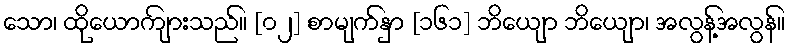
သော၊ ထိုယောကျ်ားသည်။ [၀၂] စာမျက်နှာ [၁၆၁] ဘိယျော ဘိယျော၊ အလွန့်အလွန်။